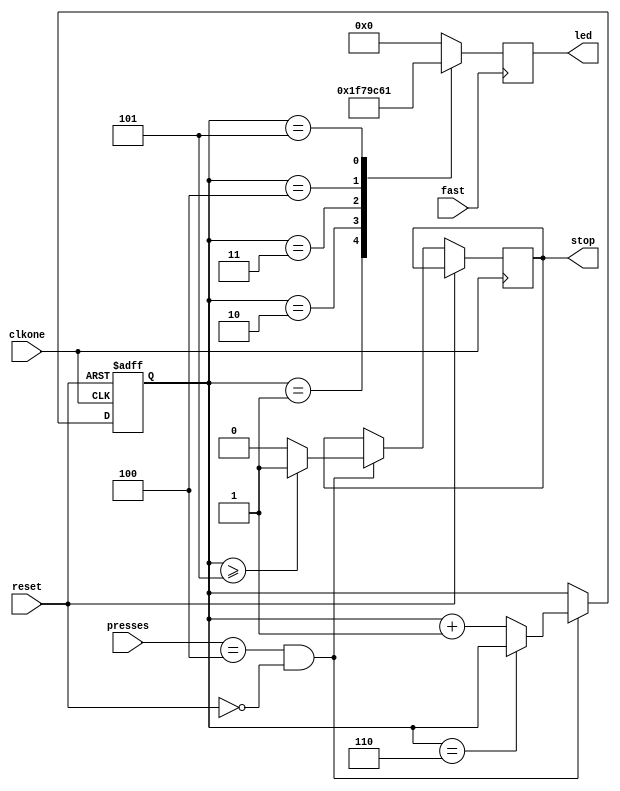
`timescale 1ns / 1ps
//////////////////////////////////////////////////////////////////////////////////
// Company: 
// Engineer: 
// 
// Design Name: 
// Module Name: count5_4
// Project Name: 
// Target Devices: 
// Tool Versions: 
// Description: 
// 
// Dependencies: 
// 
// Revision:
// Revision 0.01 - File Created
// Additional Comments:
// 
//////////////////////////////////////////////////////////////////////////////////


module count5_4(
    input reset,
    input fast,
        input clkone,
        input [3:0] presses,
        output reg stop = 0,
        output reg [4:0]led = 0
        );
        reg [2:0] counter = 1;
        
        always @ (posedge clkone, posedge reset)
        begin
         if (reset)
           begin
               counter = 1;
           end
           
        else if (presses == 4 && !reset)
        begin
            counter <= (counter == 6)? counter : counter +1;
            stop <= (counter >= 5)? 1:0;
        end
        end
        
            always @ (posedge fast) 
        begin
            case (counter)
            1 : led = 5'b11111;
            2 : led = 5'b01111;
            3 : led = 5'b00111;
            4 : led = 5'b00011;
            5 : led = 5'b00001;
            6 : led = 0;
            default led = 0;
            endcase
            
        end

endmodule